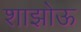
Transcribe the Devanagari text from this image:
शाझोऊ